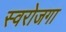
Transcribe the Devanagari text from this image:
स्‍वरोजगा